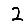
Digit: 2